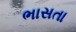
ભાસતા